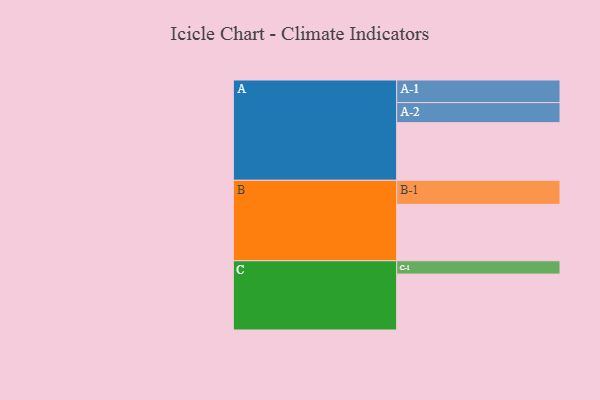
{"axis": {"x": "Segment", "y": "Value"}, "legend": ["", "A", "B", "C"], "data": [{"x": "A", "y": 592, "type": ""}, {"x": "B", "y": 579, "type": ""}, {"x": "C", "y": 574, "type": ""}, {"x": "A-1", "y": 232, "type": "A"}, {"x": "A-2", "y": 206, "type": "A"}, {"x": "B-1", "y": 247, "type": "B"}, {"x": "C-1", "y": 137, "type": "C"}]}